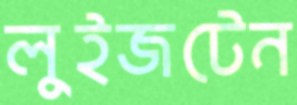
লুইজটেন